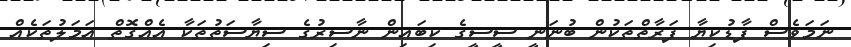
ނަމަވެސް ފާޑުކިޔާ ފަރާތްތަކުން ބުނަނީ ސީސީގެ ކިބައިން ނާސިރުގެ ސިޔާސަތުތަކާ އެއްގޮތް އަމަލުތަކެއް